Vaccination in the Punjab 1919-1929 - 1919-1929
Year: 1919
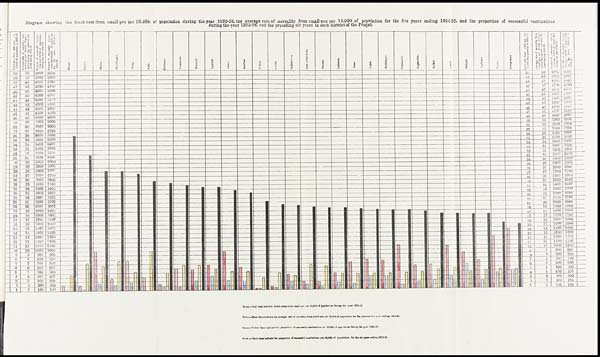
Diagram showing the death-rate from smallpox per 10,000 of population during the year 1925-26, the average rate of mortality from small-pox per 10,000 of population for the five years ending 1924-25, and the proportion of successful vaccinations
during the year 1925-26, and the preceding six years in each district of the Punjab.